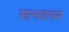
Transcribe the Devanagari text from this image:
सांचालन